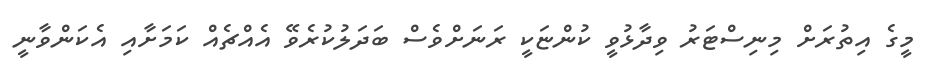
މީގެ އިތުރަށް މިނިސްޓަރު ވިދާޅުވީ ކުންޏަކީ ރަނަށްވެސް ބަދަލުކުރެވޭ އެއްޗެއް ކަމަށާއި އެކަންވާނީ